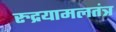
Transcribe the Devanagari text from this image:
रुद्रयामलतंत्र